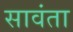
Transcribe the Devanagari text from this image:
सावंता